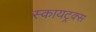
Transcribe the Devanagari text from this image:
स्कायट्रक्स